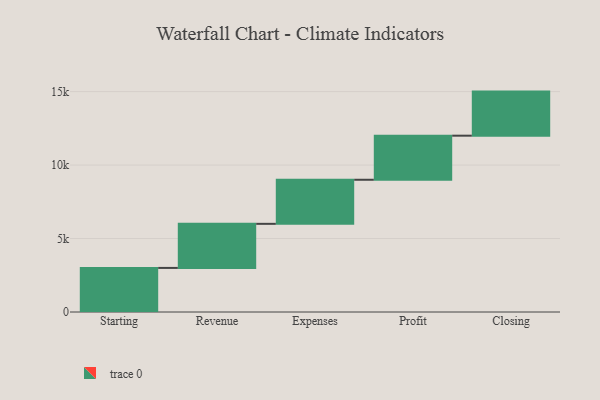
{"axis": {"x": "Step", "y": "Value"}, "legend": [""], "data": [{"x": "Starting", "y": 3000, "type": ""}, {"x": "Revenue", "y": 3000, "type": ""}, {"x": "Expenses", "y": 3000, "type": ""}, {"x": "Profit", "y": 3000, "type": ""}, {"x": "Closing", "y": 3000, "type": ""}]}